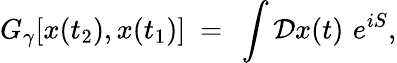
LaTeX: G_{\gamma}[x(t_{2}),x(t_{1})]~=~\int{\cal D}x(t)\, \, e^{iS},